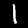
Label: 1